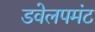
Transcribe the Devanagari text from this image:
डवेलपमंट